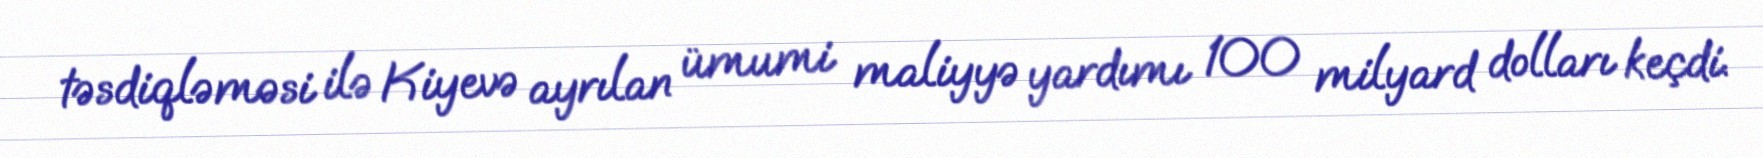
təsdiqləməsi ilə Kiyevə ayrılan ümumi maliyyə yardımı 100 milyard dolları keçdi.